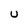
Character: U